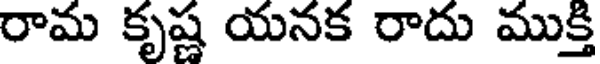
రామ కృష్ణ యనక రాదు ముక్తి